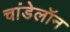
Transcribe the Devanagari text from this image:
चांडेलॉन